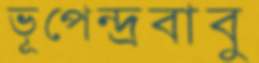
ভূপেন্দ্রবাবু